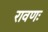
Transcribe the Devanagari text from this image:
रावणः